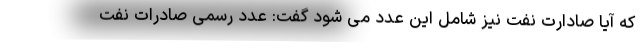
که آیا صادارت نفت نیز شامل این عدد می شود گفت: عدد رسمی صادرات نفت